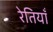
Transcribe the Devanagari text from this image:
रेतियाँ